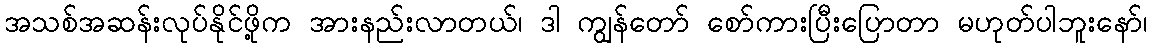
အသစ်အဆန်းလုပ်နိုင်ဖို့က အားနည်းလာတယ်၊ ဒါ ကျွန်တော် စော်ကားပြီးပြောတာ မဟုတ်ပါဘူးနော်၊